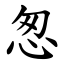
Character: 怱